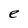
Character: e